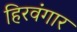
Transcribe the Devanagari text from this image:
हिरवंगार